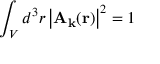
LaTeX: \int _ { V } d ^ { 3 } r \left| \mathbf { A } _ { \mathbf { k } } ( \mathbf { r } ) \right| ^ { 2 } = 1